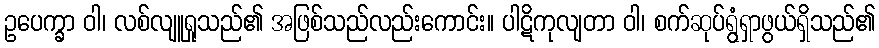
ဥပေက္ခာ ဝါ၊ လစ်လျူရှုသည်၏ အဖြစ်သည်လည်းကောင်း။ ပါဋိကုလျတာ ဝါ၊ စက်ဆုပ်ရွံရှာဖွယ်ရှိသည်၏